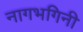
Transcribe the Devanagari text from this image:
नागभगिनी